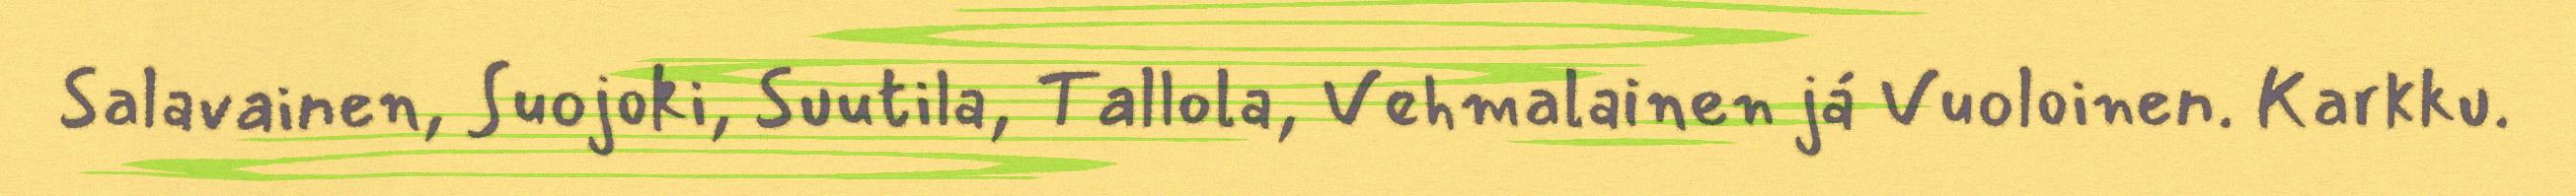
Salavainen, Suojoki, Suutila, Tallola, Vehmalainen já Vuoloinen. Karkku.